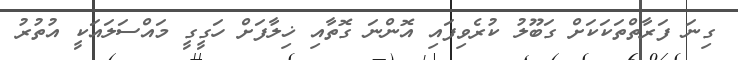
ގިނަ ފަރާތްތަކަކަށް ގަބޫލު ކުރެވިފައި އޮންނަ ގޮތާއި ޚިލާފަށް ހަގީގީ މައްސަލައަކީ އުތުރު